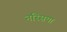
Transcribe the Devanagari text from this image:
नस्सिया